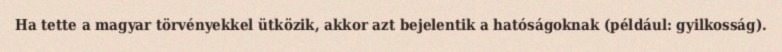
Ha tette a magyar törvényekkel ütközik, akkor azt bejelentik a hatóságoknak (például: gyilkosság).